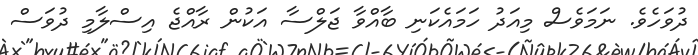
ދުވަހެވެ. ނަަމަވެސް މިއަދު ހަމައެކަނި ބާއްވާ ޖަލްސާ އަކުން ރާއްޖެ އިސްލާމި ދުވަސް